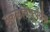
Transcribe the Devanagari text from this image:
उकळबिंदूपर्यंत